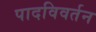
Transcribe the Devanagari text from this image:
पादविवर्तन